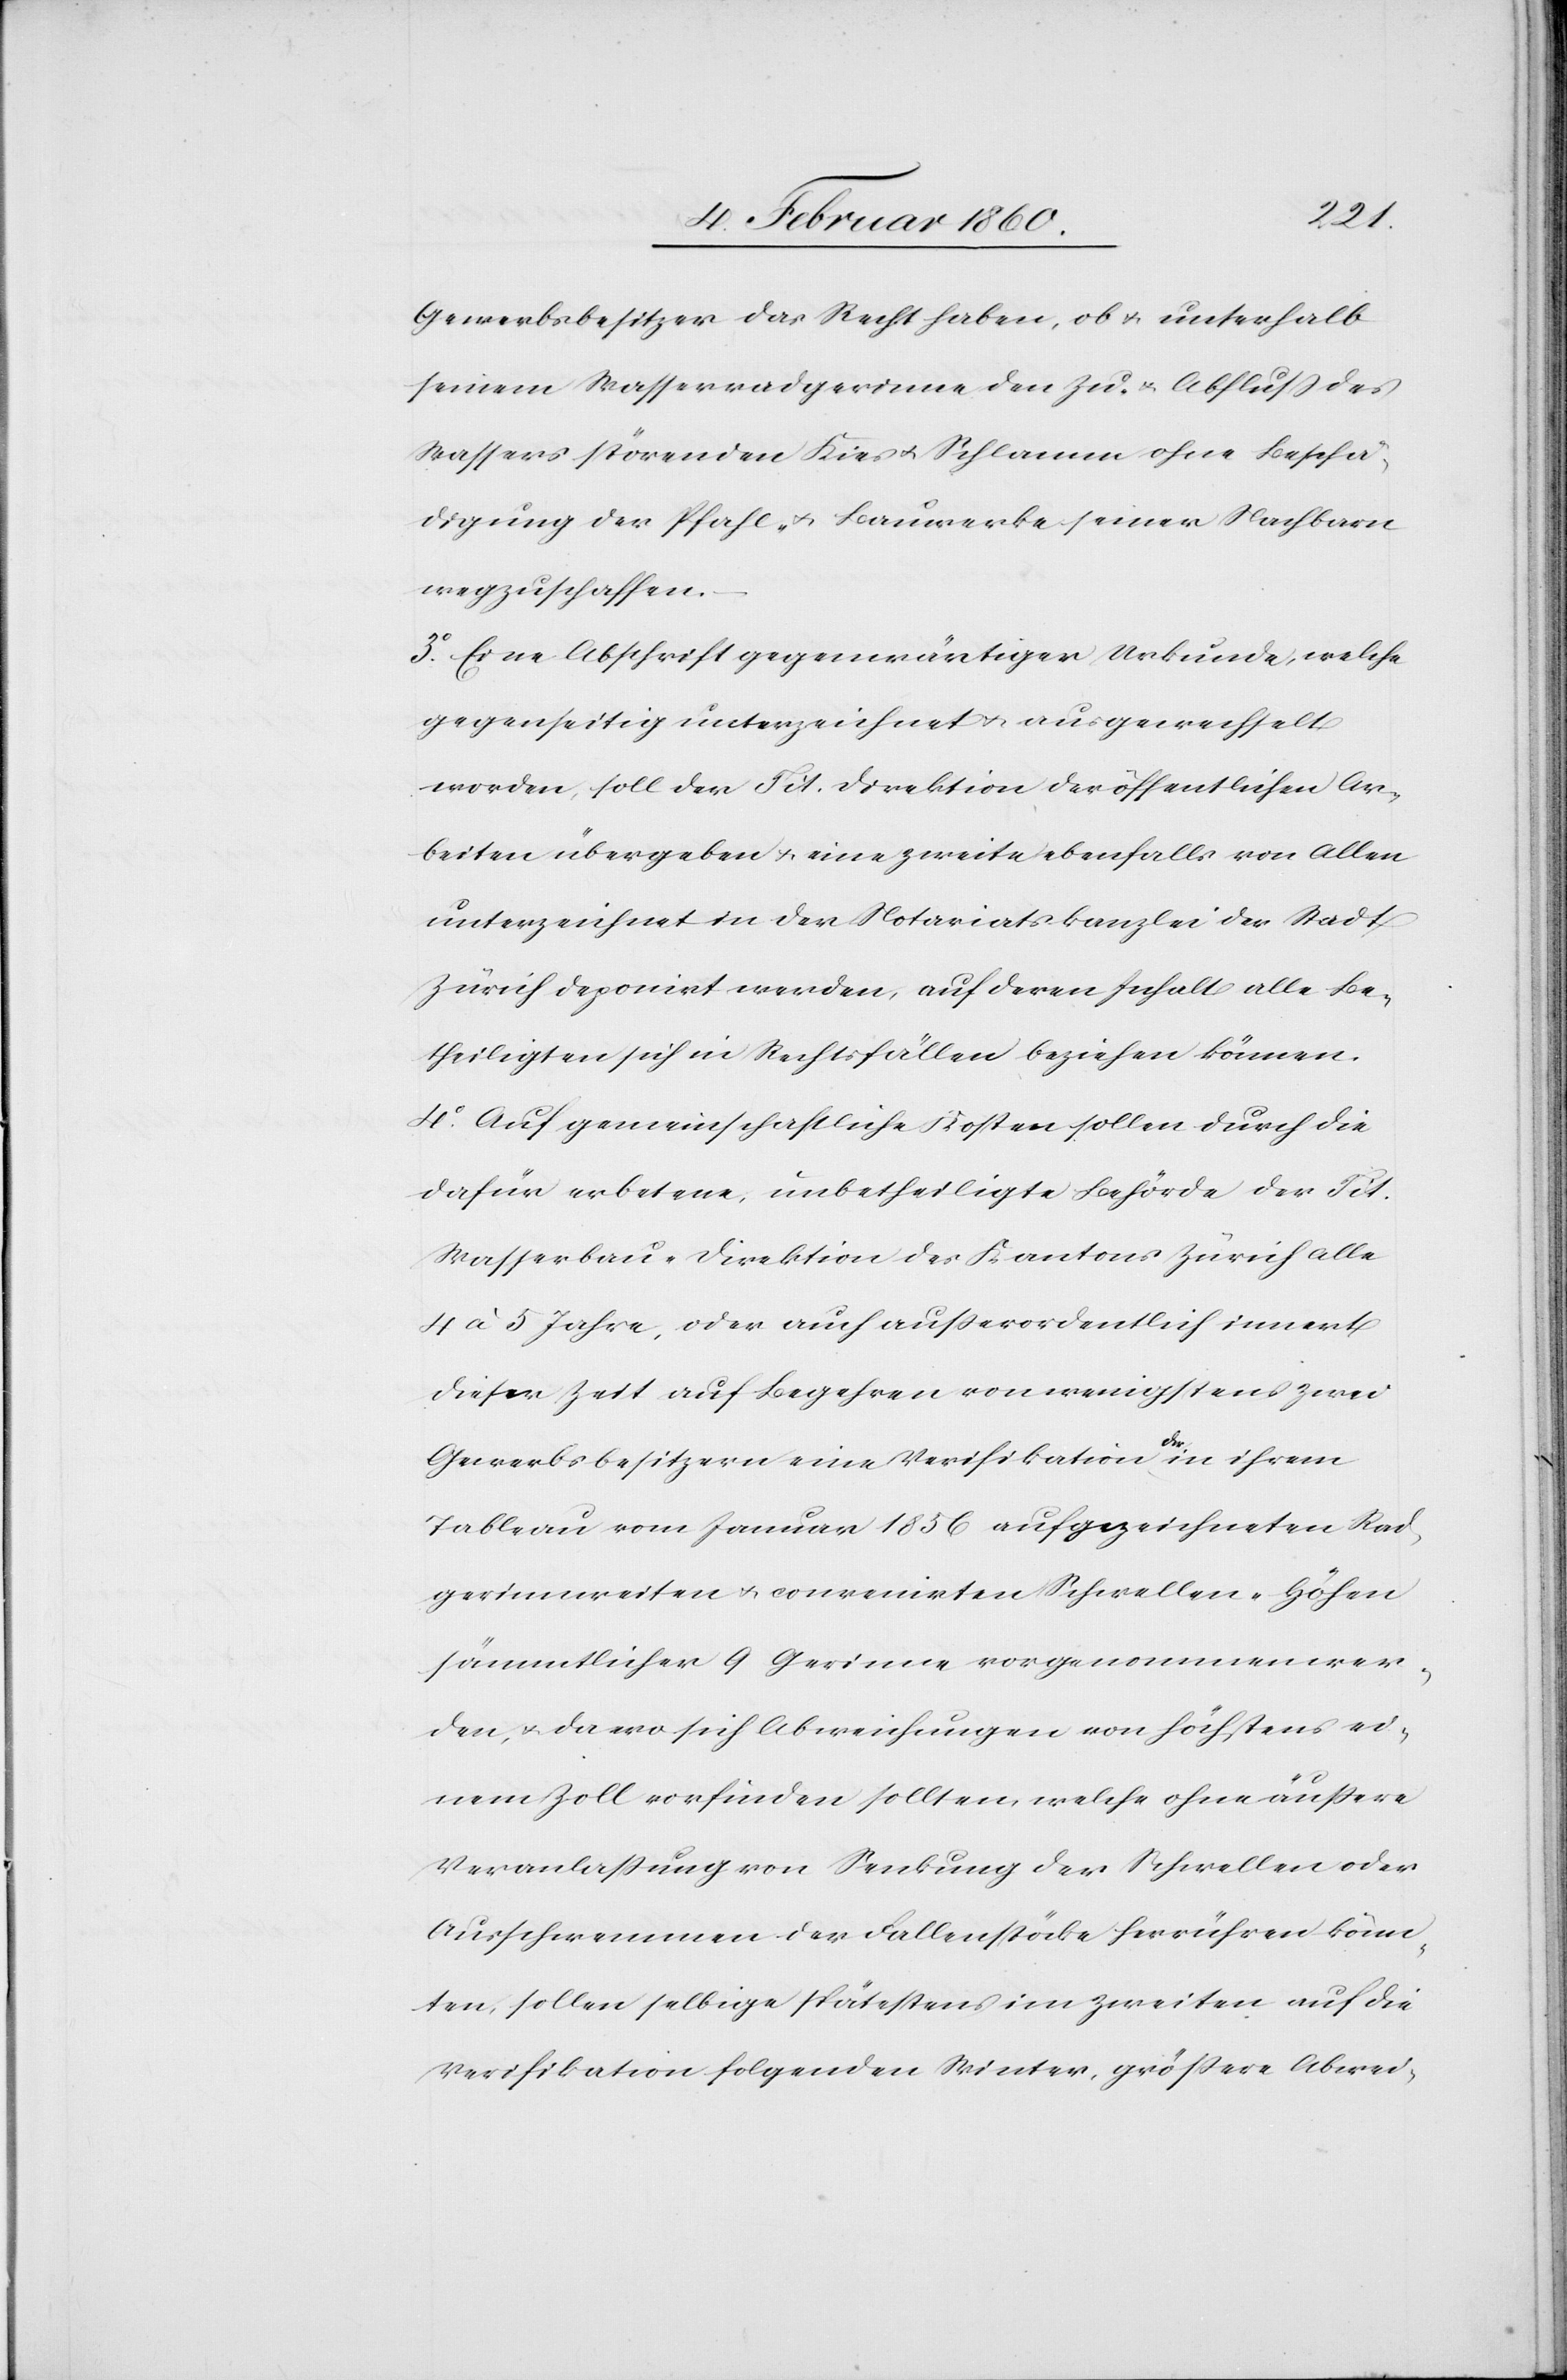
Gewerbsbesitzer das Recht haben, ob- u. unterhalb
seinem Wasserradgerinne den Zu- u. Abfluß des
Wassers störenden Kies u. Schlamm ohne Beschä¬
digung der Pfahl- u. Bauwerke seiner Nachbarn
wegzuschaffen.
3. Eine Abschrift gegenwärtiger Urkunde, welche
gegenseitig unterzeichnet u. ausgewechselt
worden, soll der Tit. Direktion der öffentlichen Ar¬
beiten übergeben u. eine zweite ebenfalls von Allen
unterzeichnet in der Notariatskanzlei der Stadt
Zürich deponirt werden, auf deren Inhalt alle Be¬
theiligten sich in Rechtsfällen beziehen können.
4. Auf gemeinschaftliche Kosten sollen durch die
dafür erbetene, unbetheiligte Behörde der Tit.
Wasserbau-Direktion des Kantons Zürich alle
4 à 5 Jahre, oder auch ausserordentliche innert
dieser Zeit auf Begehren von wenigstens zwei
Gewerbsbesitzern eine Verifikation der in ihrem
Tableau vom Januar 1856 aufgezeichneten Rad¬
gerinnweiten u. convenirten Schwellen-Höhen
sämmtlicher 9 Gerinne vorgenommen wer¬
den, u. da wo sich Abweichungen von höchstens ei¬
nem Zoll vorfinden sollten, welche ohne äußere
Veranlassung von Senkung der Schwellen oder
Ausschwemmen der Fallenstöcke herrühren könn¬
ten, sollen selbige spätestens im zweiten auf die
Verifikation folgenden Winter grössere Abrec-